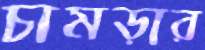
চামড়ার